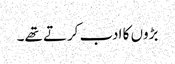
بڑوں کا ادب کرتے تھے۔